Civil Veterinary Dept. Bombay admin report 1932-41 - 1932-1941
Year: 1932
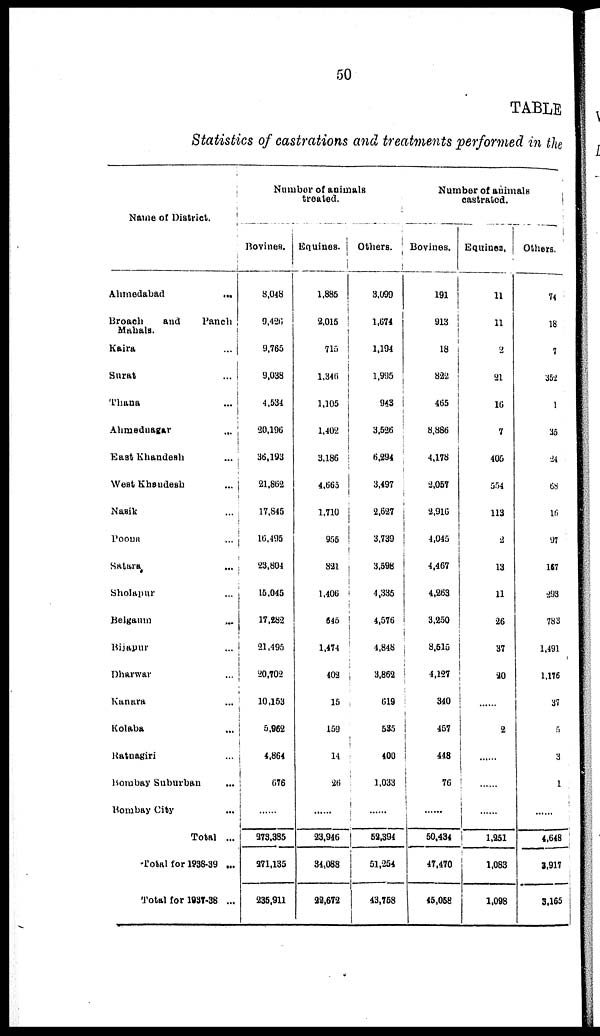
50
TABLE
Statistics of castrations and treatments performed in the
Name of District.
Ahmedabad
...
Broach
and
Panch
Mahals.
Kaira ...
Surat ...
Thana ...
Ahmednagar
...
East
Khandesh
...
West Khandesh ...
Nasik ...
Poona
...
Satara ...
Sholapur ...
Belgaum ...
Bijapur ...
Dharwar ...
Kanara ...
Kolaba ...
Ratnagiri ...
Bombay Suburban ...
Bombay City ...
Total ...
Total for 1938-39 ...
Total for 1937-38 ...
Number of animals
treated.
Bovines.
8,048
9,426
9,765
9,038
4,534
20,196
36,193
21,862
17,845
16,495
23,804
15,045
17,282
21,495
20,702
10,153
5,962
4,864
676
......
273,385
271,135
235,911
Equines.
1,885
2,015
715
l,346
1,105
1,402
3,186
4,665
1,710
955
821
1,406
645
1,474
402
15
159
14
26
......
23,946
34,088
22,672
Others.
3,099
1,674
1,194
1,995
943
3,526
6,294
3,497
2,627
3,739
3,598
4,335
4,576
4,848
3,862
619
535
400
1,033
......
52,394
51,254
43,758
Number of animals
castrated.
Bovines.
191
913
18
822
465
8,886
4,178
2,057
2,916
4,045
4,467
4,263
3,250
8,515
4,127
340
457
448
76
......
50,434
47,470
45,058
Equines.
11
11
2
21
16
7
405
554
113
2
13
11
26
37
20
....
2
......
......
1,251
1,083
1,098
Others.
74
18
7
352
1
35
24
68
16
97
167
293
783
1,491
1,176
37
5
3
1
......
4,648
3,917
3,165